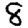
Digit: 8